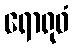
ရောရုဝံ